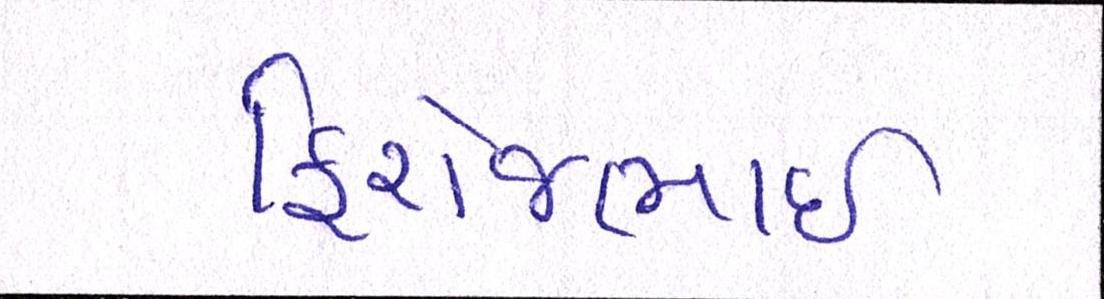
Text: ફિરોજભાઇ